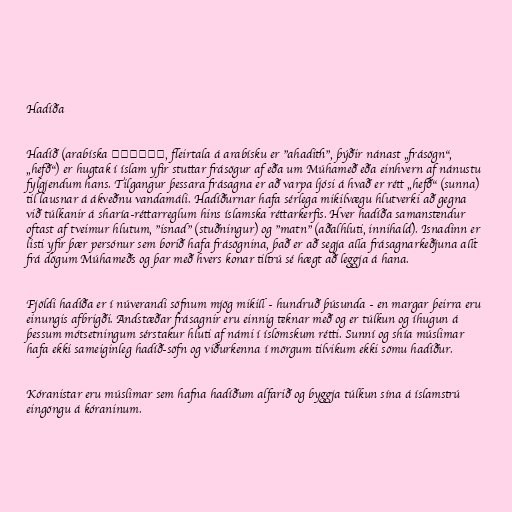
Hadíða

Hadíð (arabíska الحديث, fleirtala á arabísku er "ahadith", þýðir nánast „frásögn“,
„hefð“) er hugtak í íslam yfir stuttar frásögur af eða um Múhameð eða einhvern af nánustu
fylgjendum hans. Tilgangur þessara frásagna er að varpa ljósi á hvað er rétt „hefð“ (sunna)
til lausnar á ákveðnu vandamáli. Hadíðurnar hafa sérlega mikilvægu hlutverki að gegna
við túlkanir á sharía-réttarreglum hins íslamska réttarkerfis. Hver hadíða samanstendur
oftast af tveimur hlutum, "isnad" (stuðningur) og "matn" (aðalhluti, innihald). Isnadinn er
listi yfir þær persónur sem borið hafa frásögnina, það er að segja alla frásagnarkeðjuna allt
frá dögum Múhameðs og þar með hvers konar tiltrú sé hægt að leggja á hana.

Fjöldi hadíða er í núverandi söfnum mjög mikill - hundruð þúsunda - en margar þeirra eru
einungis afbrigði. Andstæðar frásagnir eru einnig teknar með og er túlkun og íhugun á
þessum mótsetningum sérstakur hluti af námi í íslömskum rétti. Sunní og shía múslimar
hafa ekki sameiginleg hadíð-söfn og viðurkenna í mörgum tilvikum ekki sömu hadíður.

Kóranistar eru múslimar sem hafna hadíðum alfarið og byggja túlkun sína á íslamstrú
eingöngu á kóraninum.